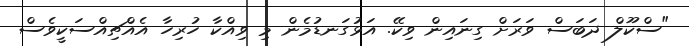
"ސްކޫލް ދަބަސް ވަަރަށް ގިނައިން ވިކޭ. އަޅުގަނޑުމެން މި ވިއްކާ ހުރިހާ އެއްޗިއްސަކީވެސް